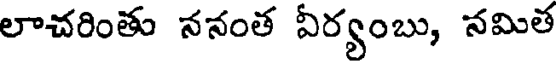
లాచరింతు ననంత ఏర్యంబు, నమిత